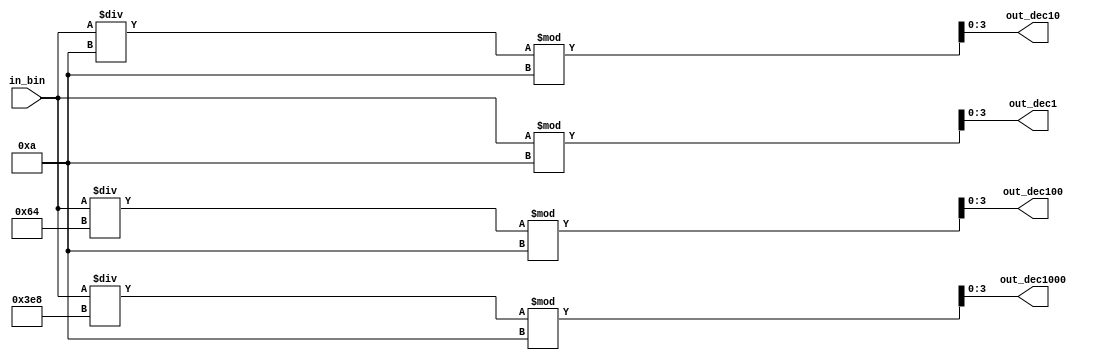
module digits(in_bin, out_dec1000, out_dec100, out_dec10, out_dec1);
    input wire [9:0] in_bin; // 14 bit input
    output wire [3:0] out_dec1000; // 4 bit output for 1000s digit
    output wire [3:0] out_dec100; // 4 bit output for 100s digit
    output wire [3:0] out_dec10; // 4 bit output for 10s digit
    output wire [3:0] out_dec1; // 4 bit output for 1s digit

  	assign out_dec1 = (in_bin % 10);
    assign out_dec10 = (in_bin / 10) % 10;
    assign out_dec100 = (in_bin / 100) % 10;
    assign out_dec1000 = (in_bin / 1000) % 10;
endmodule